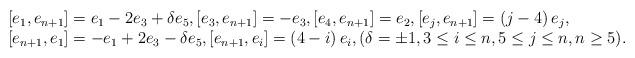
LaTeX: \begin{align*}\begin{array}{l}\displaystyle [e_1,e_{n+1}]=e_1-2e_3+\delta e_5,[e_3,e_{n+1}]=-e_3, [e_4,e_{n+1}]=e_2,[e_{j},e_{n+1}]=\left(j-4\right)e_{j},\\\displaystyle[e_{n+1},e_1]=-e_1+2e_3-\delta e_5, [e_{n+1},e_i]=\left(4-i\right)e_i, (\delta=\pm1,3\leq i\leq n,5\leq j\leq n,n\geq5).\end{array} \end{align*}